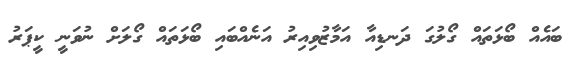
ބައެއް ބޯޅަތައް ގޯލުގަ ދަނޑިއާ އަމާޒުވިއިރު އަނެއްބައި ބޯޅަތައް ގޯލަށް ނުވަނީ ކީޕަރު